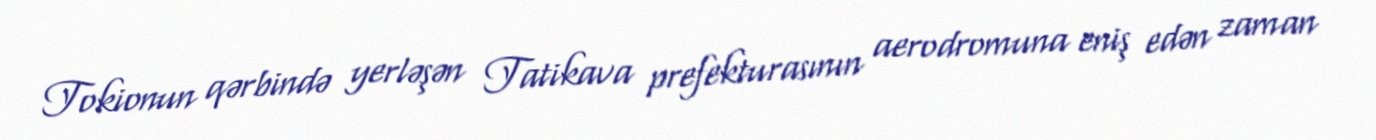
Tokionun qərbində yerləşən Tatikava prefekturasının aerodromuna eniş edən zaman